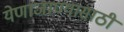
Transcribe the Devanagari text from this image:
येणाजाण्यासाठी